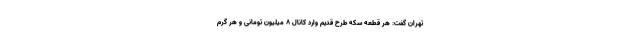
تهران گفت: هر قطعه سکه طرح قدیم وارد کانال ۸ میلیون تومانی و هر گرم